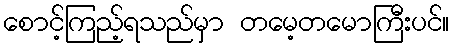
စောင့်ကြည့်ရသည်မှာ တမေ့တမောကြီးပင်။